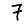
Digit: 7